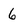
Character: 6